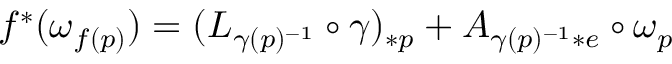
f ^ { * } ( \omega _ { f ( p ) } ) = ( L _ { \gamma ( p ) ^ { - 1 } } \circ \gamma ) _ { * p } + A _ { \gamma ( p ) ^ { - 1 } * e } \circ \omega _ { p }